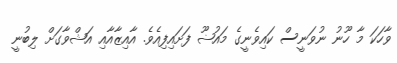
ވާހަކަ މާ ހޫނު ނުވަނީސް ކައިވެނީގެ މައުޟޫ ފަށައިފިއެވެ. އާއިޒާއާއި އަޝްވާގަށް ލިބުނީ